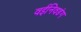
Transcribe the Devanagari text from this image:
वईनिवडंग